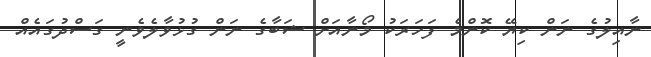
ނާއިލުގެ ނަން ކިޔޭ ކޮންމެ ފަހަރަކު މޯނާއަށް ޝަބާގެ ނަން ގުޅުވާލެވެނީ ގަސްދުގައެއް